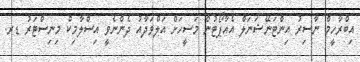
އިބްރާހީމް ނާސިރު އިންޓަނޭޝަނަލް އެއާޕޯޓުން މަސީހަށް އަލްވަދާއު ދެންނެވީ އިސްލާމިކް މިނިސްޓަރު ޑރ.